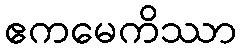
ဧကမေကိဿာ